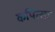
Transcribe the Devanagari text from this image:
कपित्सा